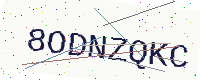
Text: 8ODNZQKC